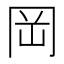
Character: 岡